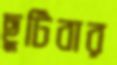
ছুটিবার